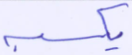
يكسبه